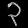
Digit: ၃